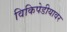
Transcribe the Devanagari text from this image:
विकिपेडीयावर